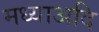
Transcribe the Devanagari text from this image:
मध्याअदि